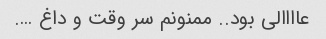
عاااالی بود.. ممنونم سر وقت و داغ ….